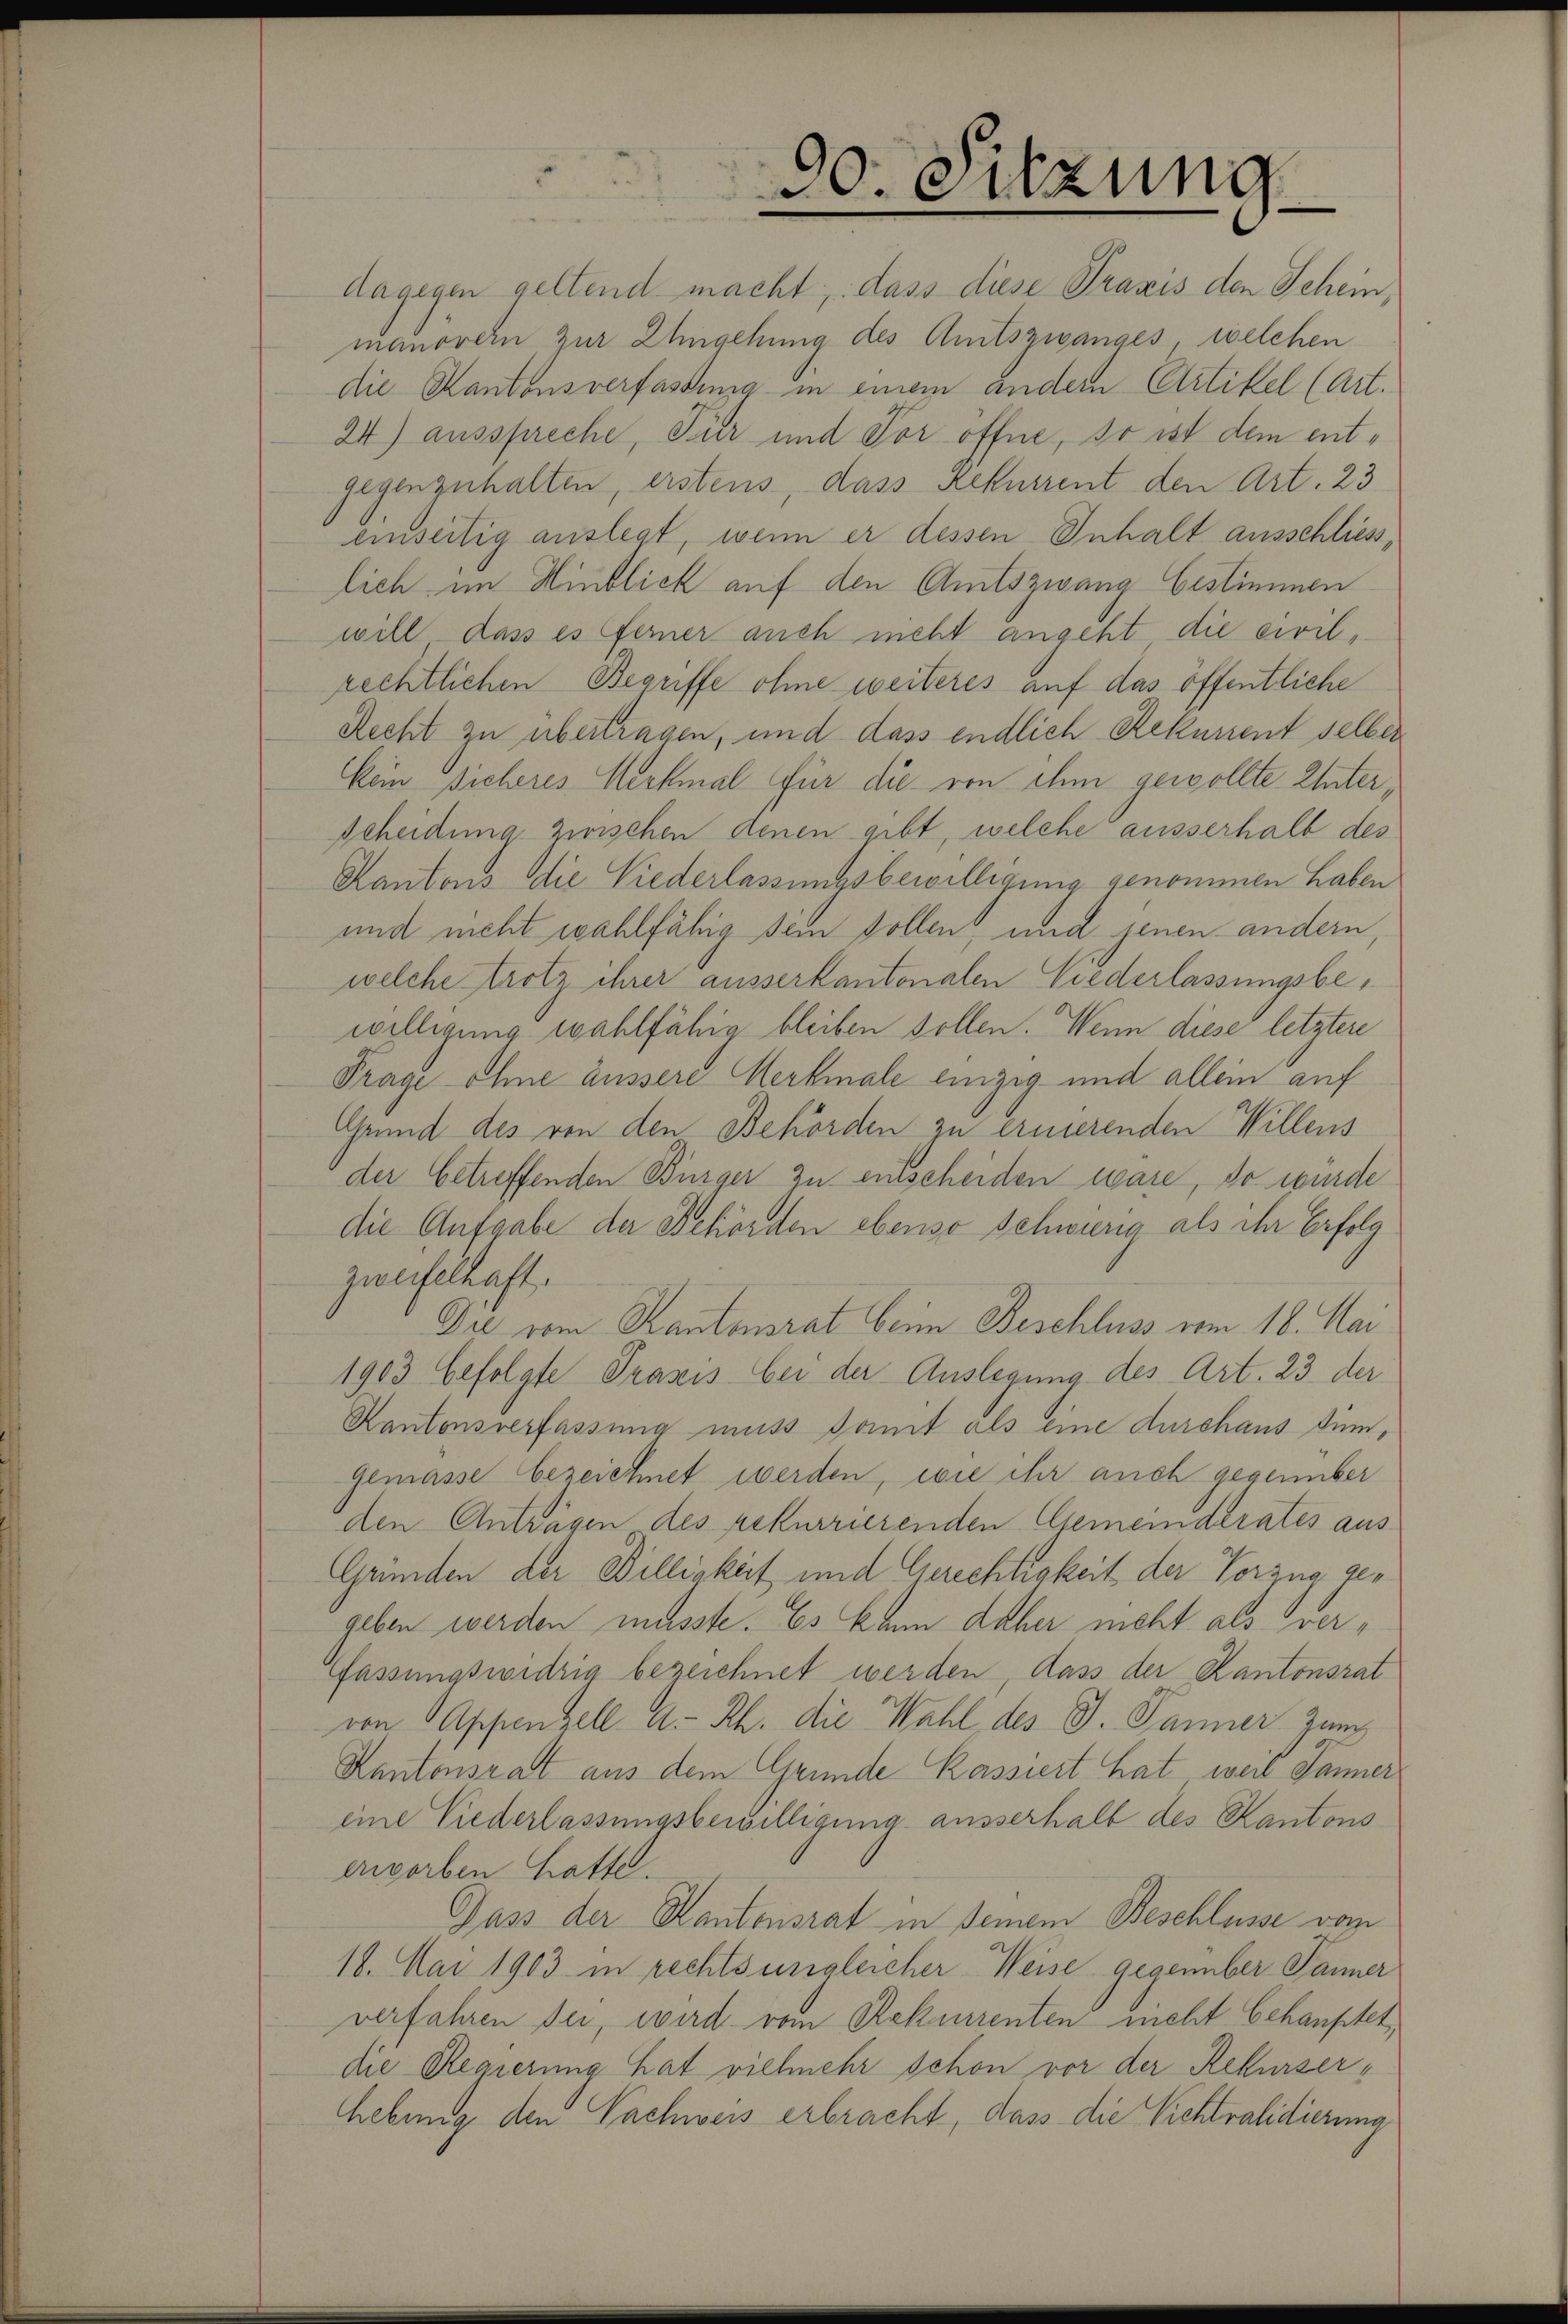
30. Sitzung

dagegen geltend macht, dass diese Praxis den Schein,
manovern zur Ehegehung des Amtszwanges, welchen
die Kantonsverfassung in einem andern Artikel (Art.
24) ausspreche, Für und Tor öffne, so ist dem entgegenzuhalten, erstens, dass Rekurrent den Art. 23
einseitig auslegt, wenn er dessen Inhalt ausschliess,
lich, im Hinblick auf den Amtszwang bestimmen
will dass es ferner auch nicht angeht die civilrechtlichen Begriffe ohne weiteres auf das öffentliche
Recht zu übertragen, und dass endlich Rekument selber
Kein sicheres Merkmal für die von ihm gewollte Unterscheidung zwischen denen gibt, welche ausserhalb des
Kantons die Niederlassungsbewilligung genommen haben
und nicht wahlfähig sein sollen, und jenen andern,
welche trotz ihrer ausserkantonalen Niederlassungsbewilligung wahlfähig bleiben sollen. Wenn diese letzter
Trage ohne äussere Merkmale einzig und allein auf
Grund des von den Behörden zu ernierenden Willens
der betreffenden Bürger zu entscheiden wäre, so wurde
die Aufgabe der Behörden ebenso Schwurig als ihr Erfolg
zweifelhaft.
Die vom Kantonsrat beim Beschluss vom 18. Mai
1903 befolgte Prasis bei der Auslegung des Art. 23. der
Kantonsverfassung muss damit als eine durchaus dem¬
Gemässe bezeichnet werden, wie ihr auch gesenber
den Anträgen des rekurrierenden Gemeinderates aus¬
Gründen der Billigkeit und Gerechtigkeit der Vorzug gegeben werden müsste. Es kann daher nicht als ver¬
Fassungswidrig bezeichnet werden, dass der Kantonsrat
von Appenzell A.-Rh. die Wahl des J. Jänner zum
Kantonsrat aus dem Grunde Kassiert hat weil Jänner
eine Niederlassungsbewilligung ausserhalt des Kantons
erworben hatte.
Pass der Kantonsrat in seinem Beschlusse vom
18. Mai 1903 in rechts ungleicher Weise gegenüber Panner
verfahren sei, wird vom Rekurrenten nicht behauptet,
die Regierung hat vielmehr schon vor der Rekurserhebung den Nachweis erbracht, dass die Vichtralidierung